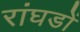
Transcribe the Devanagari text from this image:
रांघडों